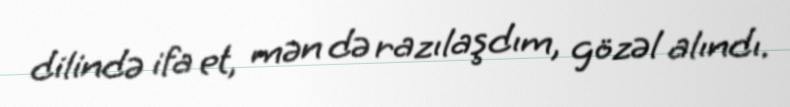
dilində ifa et, mən də razılaşdım, gözəl alındı.